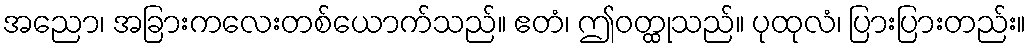
အညော၊ အခြားကလေးတစ်ယောက်သည်။ ဧတံ၊ ဤဝတ္ထုသည်။ ပုထုလံ၊ ပြားပြားတည်း။